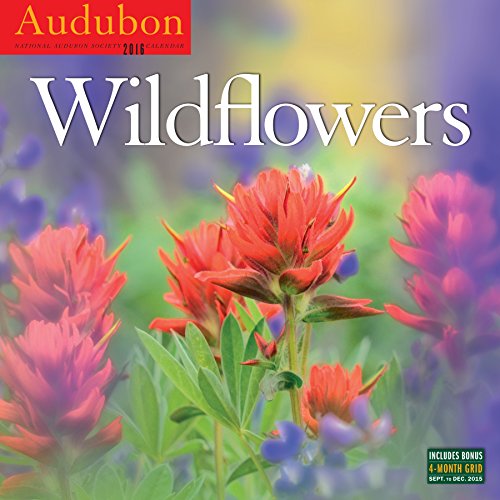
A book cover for Audubon Wildflowers Wall Calendar 2016; National Audubon Society; Calendars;